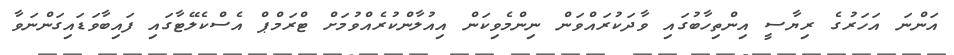
އަންނަ އަހަރުގެ ރިޔާސީ އިންތިހާބުގައި ވާދަކުރައްވަން ނިންމެވިކަން އިއުލާންކުރެއްވުމަށް ޓްރަމްޕް އެސްކެލޭޓާގައި ފައިބާވަޑައިގަންނަވާ